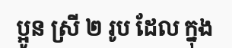
ប្អូន ស្រី ២ រូប ដែល ក្នុង